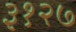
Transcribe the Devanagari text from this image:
३१२७